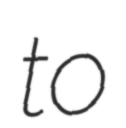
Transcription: to